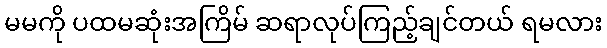
မမကို ပထမဆုံးအကြိမ် ဆရာလုပ်ကြည့်ချင်တယ် ရမလား